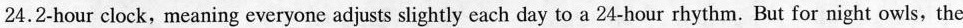
24.2-hour clock, meaning everyone adjusts slightly each day to a 24-hour rhythm. But for night owls, the